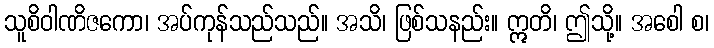
သူစိဝါဏိဇကော၊ အပ်ကုန်သည်သည်။ အသိ၊ ဖြစ်သနည်း။ ဣတိ၊ ဤသို့။ အစေါ စ၊